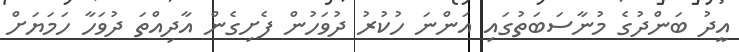
އީދު ބަންދުގެ މުނާސަބަތުގައި އަންނަ ހުކުރު ދުވަހުން ފެށިގެން އާދިއްތަ ދުވަހާ ހަމަޔަށް